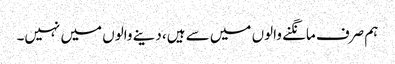
ہم صرف مانگنے والوں میں سے ہیں، دینے والوں میں نہیں۔